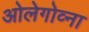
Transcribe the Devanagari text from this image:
ओलेगोव्ना